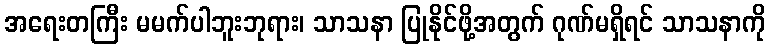
အရေးတကြီး မမက်ပါဘူးဘုရား၊ သာသနာ ပြုနိုင်ဖို့အတွက် ဂုဏ်မရှိရင် သာသနာကို